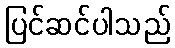
ပြင်ဆင်ပါသည်